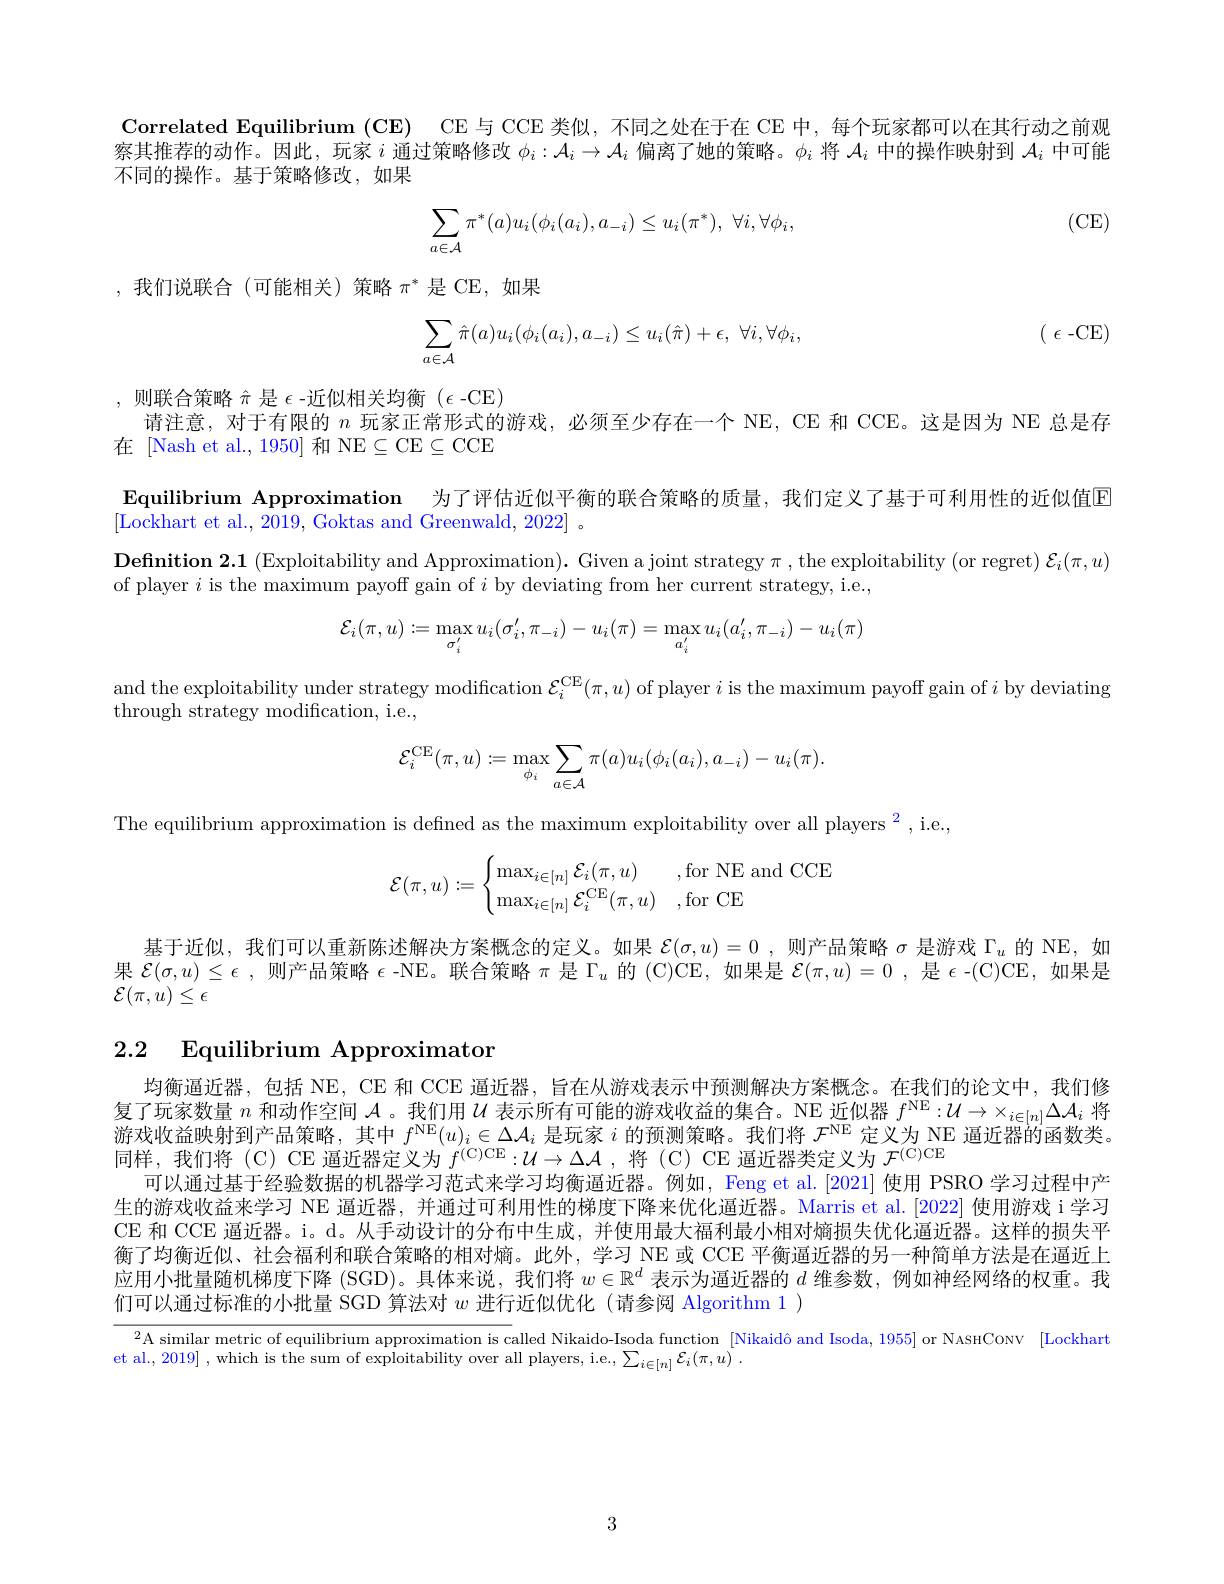
Correlated Equilibrium $( \mathbf{CE})$ CE 与 CCE 类似，不同之处在于在 CE 中，每个玩家都可以在其行动之前观察其推荐的动作。因此，玩家$i$通过策略修改$\phi_i:\mathcal{A}_i\to\mathcal{A}_i$偏离了她的策略。$\phi_i$将$\mathcal{A}_i$中的操作映射到$\mathcal{A}_i$中可能不同的操作。基于策略修改，如果

(CE)
$$\displaystyle\sum_{a\in\mathcal{A}}\pi^*(a)u_i(\phi_i(a_i),a_{-i})\leq u_i(\pi^*),\:\forall i,\forall\phi_i,$$
,我们说联合(可能相关)策略$\pi^*$ 是 CE,如果

( $\epsilon$-CE)
$$\sum_{a\in\mathcal{A}}\hat{\pi}(a)u_i(\phi_i(a_i),a_{-i})\leq u_i(\hat{\pi})+\epsilon,\:\forall i,\forall\phi_i,$$
,则联合策略$\hat{\pi}$是$\epsilon$-近似相关均衡$(\epsilon$-CE)
请注意，对于有限的$n$玩家正常形式的游戏，必须至少存在一个 NE, CE 和 CCE。这是因为 NE 总是存
在 [Nash et al., 1950] 和 NE$\subseteq$CE$\subseteq$CCE
Equilibrium Approximation 为了评估近似平衡的联合策略的质量，我们定义了基于可利用性的近似值区
[Lockhart et al., 2019, Goktas and Greenwald, 2022] 。
$\textbf{Definition 2. 1 ( Exploitability and Approximation) . Given a joint strategy }\pi $, the exploitability (or regret) $\mathcal{E}_i(\pi,u)$
of player $i$ is the maximum payoff gain of $i$ by deviating from her current strategy, i.e.,
$$\mathcal{E}_{i}(\pi,u):=\max_{\sigma_{i}'}u_{i}(\sigma_{i}',\pi_{-i})-u_{i}(\pi)=\max_{a_{i}'}u_{i}(a_{i}',\pi_{-i})-u_{i}(\pi)$$
and the exploitability under strategy modification $\mathcal{E}_i^\mathrm{CE}(\pi,u)$ of player $i$ is the maximum payoff gain of $i$ by deviating

through strategy modification, i.e.,
$$\mathcal{E}_{i}^{\mathrm{CE}}(\pi,u):=\max_{\phi_{i}}\sum_{a\in\mathcal{A}}\pi(a)u_{i}(\phi_{i}(a_{i}),a_{-i})-u_{i}(\pi).$$
The equilibrium approximation is defined as the maximum exploitability over all players $^2$, i.e.,
$$\mathcal{E}(\pi,u):=\begin{cases}\max_{i\in[n]}\mathcal{E}_i(\pi,u)&\text{,for NE and CCE}\\\max_{i\in[n]}\mathcal{E}_i^\text{CE}(\pi,u)&\text{,for CE}\end{cases}$$
基于近似，我们可以重新陈述解决方案概念的定义。如果 $\mathcal{E} ( \sigma , u) = 0$ , 则产品策略$\sigma$是游戏$\Gamma_u$ 的 NE,如果$\mathcal{E}(\sigma,u)\leq\epsilon$ ,则产品策略$\epsilon$ -NE。联合策略$\pi$是$\Gamma_u$的 (C)CE, 如果是$\mathcal{E}(\pi,u)=0$ ,是$\epsilon$ -(C)CE, 如果是${\mathcal{E}}(\pi,\dot{u})\leq\epsilon$

# 2.2 Equilibrium Approximator

均衡逼近器，包括 NE, CE 和 CCE 逼近器，旨在从游戏表示中预测解决方案概念。在我们的论文中，我们修复了玩家数量$n$和动作空间$\mathcal{A}$。我们用$\mathcal{U}$表示所有可能的游戏收益的集合。NE 近似器$f^\mathrm{NE}: \mathcal{U} \to \times _{i\in [ n] }\Delta \mathcal{A} _i$将游戏收益映射到产品策略，其中$f^\mathrm{NE}(u)_i\in\Delta\mathcal{A}_i$是玩家$i$的预测策略。我们将$\mathcal{F}^\mathrm{NE}$定义为 NE 逼近器的函数类。同样，我们将(C)CE 逼近器定义为$f^($C)CE$: \mathcal{U} \to \Delta \mathcal{A}$ ,将 (C) CE 通近器类定义为$\mathcal{F} ^($C)CE
可以通过基于经验数据的机器学习范式来学习均衡逼近器。例如，Feng et al.[2021] 使用 PSRO 学习过程中产生的游戏收益来学习 NE 逼近器，并通过可利用性的梯度下降来优化逼近器。Marris et al.[2022] 使用游戏 i 学习CE 和 CCE 逼近器。i。d。从手动设计的分布中生成，并使用最大福利最小相对熵损失优化逼近器。这样的损失平衡了均衡近似、社会福利和联合策略的相对熵。此外，学习 NE 或 CCE 平衡逼近器的另一种简单方法是在逼近上应用小批量随机梯度下降 (SGD)。具体来说，我们将$w\in\mathbb{R}^d$表示为通近器的$d$维参数，例如神经网络的权重。我们可以通过标准的小批量 SGD 算法对$w$进行近似优化 (请参阅 Algorithm 1 )

$\overline{^2\text{A similar metric of equilibrium approximation is called Nikaido-Isoda function }[\text{Nikaidô and Isoda, 1955}]\text{ or NAsHCONV[Lockhart}]}$

et al., 2019] , which is the sum of exploitability over all players, i.e., $\sum _{i\in [ n] }\mathcal{E} _{i}( \pi , u)$ .

3